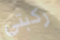
ركبتي